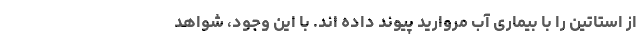
از استاتین را با بیماری آب مروارید پیوند داده اند. با این وجود، شواهد